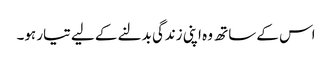
اس کے ساتھ وہ اپنی زندگی بدلنے کے لیے تیار ہو۔